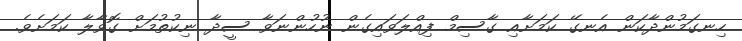
ހިނގަމުންދާކަން އެނގޭ ކަމަށާއި ގާސިމް ފިއްލަވައިގެން ނުހުންނަވާ ސީދާ ނިކުތުމަށް ގޮވާލާ ކަމަށެވެ.